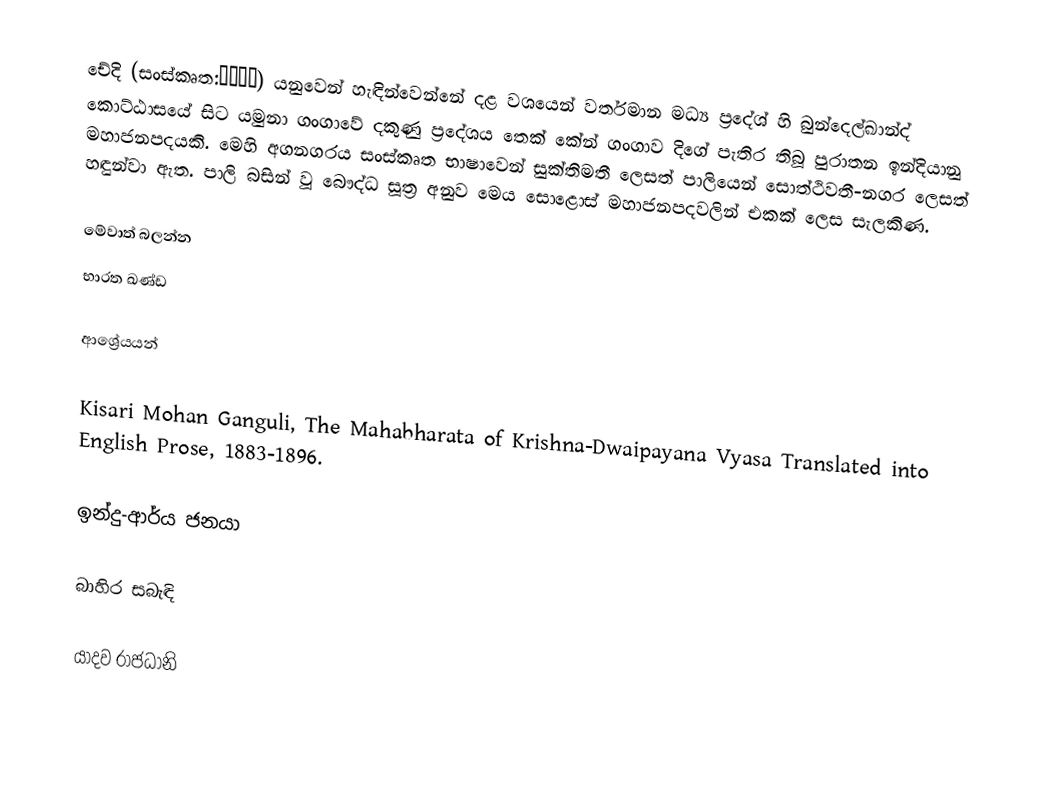
චේදි (සංස්කෘත:चेदी) යනුවෙන් හැඳින්වෙන්නේ දළ වශයෙන් වර්තමාන මධ්‍ය ප්‍රදේශ් හි බුන්දෙල්ඛාන්ද් කොට්ඨාසයේ සිට යමුනා ගංගාවේ දකුණු ප්‍රදේශය තෙක් කේන් ගංගාව දිගේ පැතිර තිබූ පුරාතන ඉන්දියානු මහාජනපදයකි. මෙහි අගනගරය සංස්කෘත භාෂාවෙන් සුක්තිමතී ලෙසත් පාලියෙන් සොත්ථිවතී-නගර ලෙසත් හඳුන්වා ඇත. පාලි බසින් වූ බෞද්ධ සූත්‍ර අනුව මෙය සොළොස් මහාජනපදවලින් එකක් ලෙස සැලකිණ.

මේවාත් බලන්න
භාරත ඛණ්ඩ

ආශ්‍රේයයන්

Kisari Mohan Ganguli, The Mahabharata of Krishna-Dwaipayana Vyasa Translated into English Prose, 1883-1896.

ඉන්දු-ආර්ය ජනයා

බාහිර සබැඳි

යාදව රාජධානි